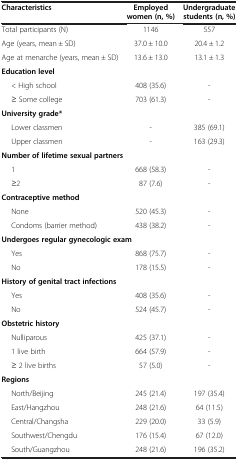
| Characteristics | Employed women (n, %) | Undergraduate students (n, %) |
 | --- | --- | --- |
 | Total participants (N) | 1146 | 557 |
 | Age (years, mean ± SD) | 37.0 ± 10.0 | 20.4 ± 1.2 |
 | Age at menarche (years, mean ± SD) | 13.6 ± 13.0 | 13.1 ± 1.3 |
 | <COLSPAN=3> Education level |
 | < High school | 408 (35.6) | - |
 | ≥ Some college | 703 (61.3) | - |
 | <COLSPAN=3> University grade* |
 | Lower classmen | - | 385 (69.1) |
 | Upper classmen | - | 163 (29.3) |
 | <COLSPAN=3> Number of lifetime sexual partners |
 | 1 | 668 (58.3) | - |
 | ≥2 | 87 (7.6) | - |
 | <COLSPAN=3> Contraceptive method |
 | None | 520 (45.3) | - |
 | Condoms (barrier method) | 438 (38.2) | - |
 | <COLSPAN=3> Undergoes regular gynecologic exam |
 | Yes | 868 (75.7) | - |
 | No | 178 (15.5) | - |
 | <COLSPAN=3> History of genital tract infections |
 | Yes | 408 (35.6) | - |
 | No | 524 (45.7) | - |
 | <COLSPAN=3> Obstetric history |
 | Nulliparous | 425 (37.1) | - |
 | 1 live birth | 664 (57.9) | - |
 | ≥ 2 live births | 57 (5.0) | - |
 | <COLSPAN=3> Regions |
 | North/Beijing | 245 (21.4) | 197 (35.4) |
 | East/Hangzhou | 248 (21.6) | 64 (11.5) |
 | Central/Changsha | 229 (20.0) | 33 (5.9) |
 | Southwest/Chengdu | 176 (15.4) | 67 (12.0) |
 | South/Guangzhou | 248 (21.6) | 196 (35.2) |